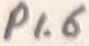
Text: P1.6